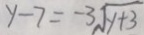
y - 7 = - 3 \sqrt { y + 3 }